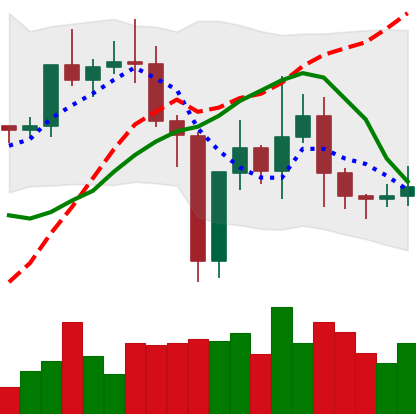
Ticker: TRX-USD
Chart end date: 2021-01-02
Forward return: 14.141%
Label: up_7plus